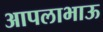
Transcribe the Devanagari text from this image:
आपलाभाऊ